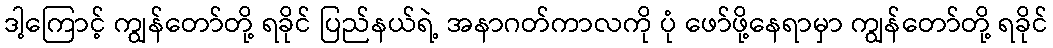
ဒါ့ကြောင့် ကျွန်တော်တို့ ရခိုင် ပြည်နယ်ရဲ့ အနာဂတ်ကာလကို ပုံ ဖော်ဖို့နေရာမှာ ကျွန်တော်တို့ ရခိုင်